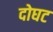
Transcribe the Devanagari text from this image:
दोघट